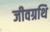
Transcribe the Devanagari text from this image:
जीवग्रथि